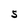
Character: S